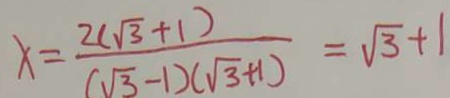
x = \frac { 2 ( \sqrt { 3 } + 1 ) } { ( \sqrt { 3 } - 1 ) ( \sqrt { 3 } + 1 ) } = \sqrt { 3 } + 1